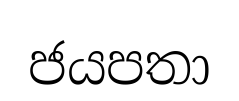
ජයපතා